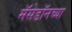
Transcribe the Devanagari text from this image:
मॅसेडॉनच्या